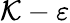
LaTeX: \mathcal{K}-\varepsilon